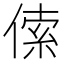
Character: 𠋲